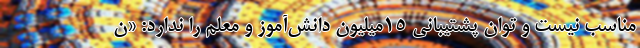
مناسب نیست و توان پشتیبانی 15میلیون دانش‌آموز و معلم را ندارد: «ن